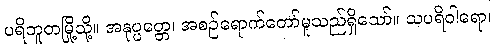
ပရိဘူတမြို့သို့။ အနုပ္ပတ္တေ၊ အစဉ်ရောက်တော်မူသည်ရှိသော်။ သပရိဝါရော၊